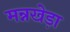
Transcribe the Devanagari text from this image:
मन्नखेड़ा